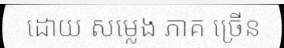
ដោយ សម្លេង ភាគ ច្រើន